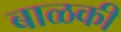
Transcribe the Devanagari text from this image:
बाळकी